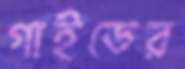
গাইডের